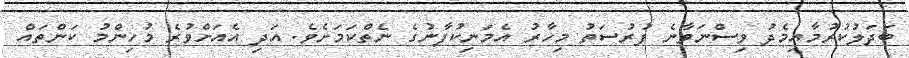
ބަދަލުކުރުމާއިމެދު ވިސްނަވާނެ ފުރުސަތު މިހާރު އެމަނިކުފާނުގެ ނެތްކަމަށެވެ. އަދި އެއަށްވުރެ މުހިންމު ކަންތައް